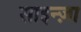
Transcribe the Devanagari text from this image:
साइन्ज़ा